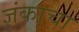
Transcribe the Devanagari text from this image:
ज्ञंकाचा